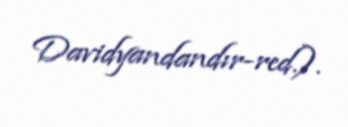
Davidyandandır-red.).